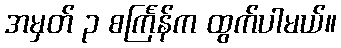
အမှတ် ၃ စင်္ကြန်က ထွက်ပါမယ်။